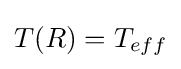
T(R)=T_{eff}